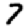
Digit: 7